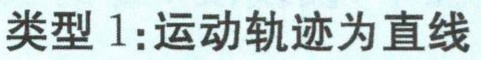
类型 1:运动轨迹为直线